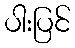
ပါးပြင်